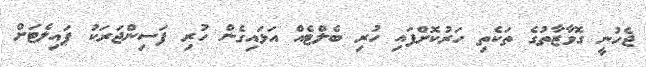
ޖެހުނީ ގޮވާޒާތުގެ ތަކެތި ހަރުކޮށްފައި ހުރި ބެލްޓެއް އަޅައިގެން ހުރި ފަސިންޖަރަކު ޕައިލެޓަށް